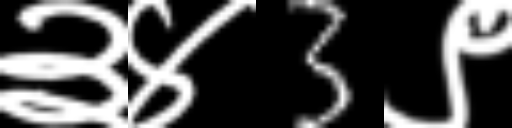
Text: ३४3९